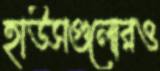
হাউসগুলোরও